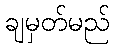
ချမှတ်မည်